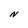
Character: N